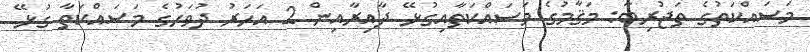
މަސައްކަތުގެ ތަޖުރިބާ: މަޤާމުގެ މަސައްކަތާއިގުޅޭ ދާއިރާއިން 2 އަހަރު ދުވަހުގެ މަސައްކަތާ ގުޅޭ